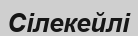
Сілекейлі